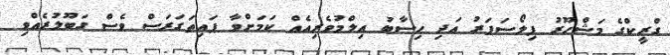
ގްރީކްގެ މަޝްހޫރު ފިލޯސަފަރު އަދި ހިސާބު އިލްމުވެރިއެއް ކަމަށްވާ ޕައިތަގަރަސް ވެސް ގަބޫލުރެއްވި